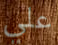
علي